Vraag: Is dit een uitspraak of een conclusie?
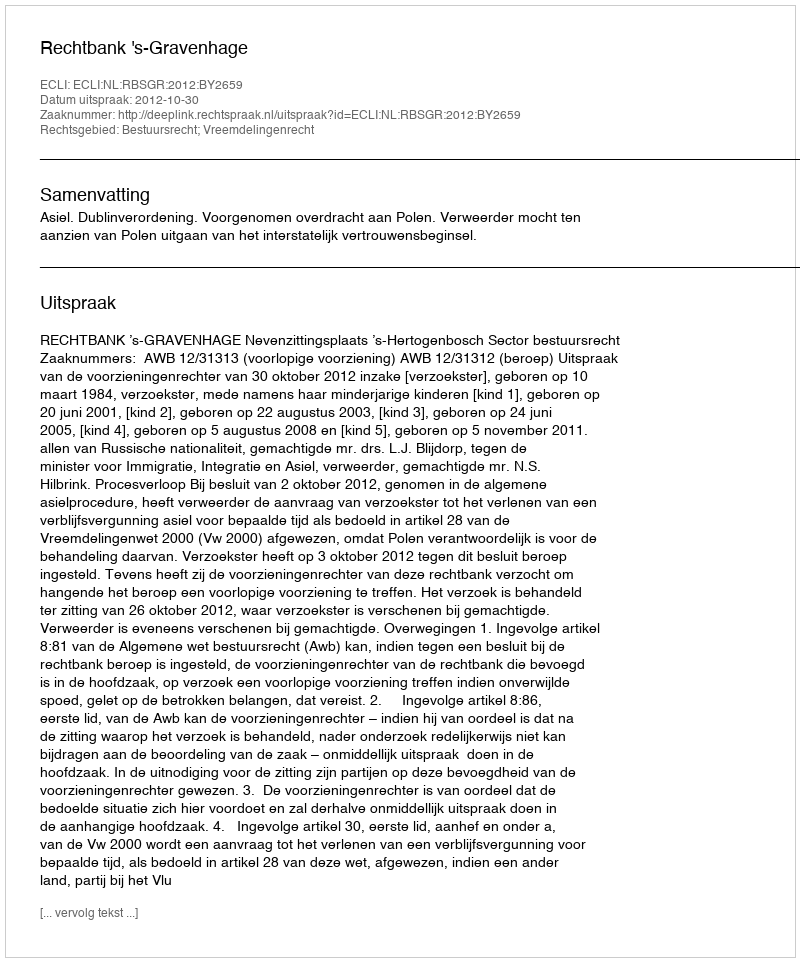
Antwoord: Uitspraak